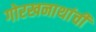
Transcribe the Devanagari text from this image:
गोरखनाथांची